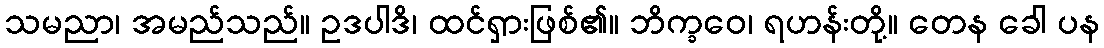
သမညာ၊ အမည်သည်။ ဥဒပါဒိ၊ ထင်ရှားဖြစ်၏။ ဘိက္ခဝေ၊ ရဟန်းတို့။ တေန ခေါ ပန